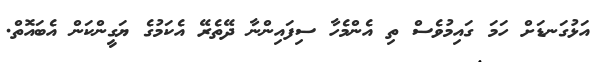
އަޅުގަނޑަށް ހަމަ ގައިމުވެސް ތި އެންމެހާ ސިފައިންނާ ދޭތެރޭ އެކަމުގެ ޔަގީންކަން އެބައޮތް.